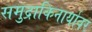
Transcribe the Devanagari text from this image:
समुद्राकिनार्यावर